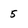
Character: 5